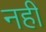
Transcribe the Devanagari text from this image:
नहीं